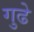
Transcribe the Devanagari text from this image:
गुढे